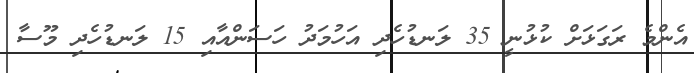
އެންމެ ރަގަޅަށް ކުޅުނީ 35 ލަނޑުހެދި އަހުމަދު ހަސަންއާއި 15 ލަނޑުހެދި މޫސާ